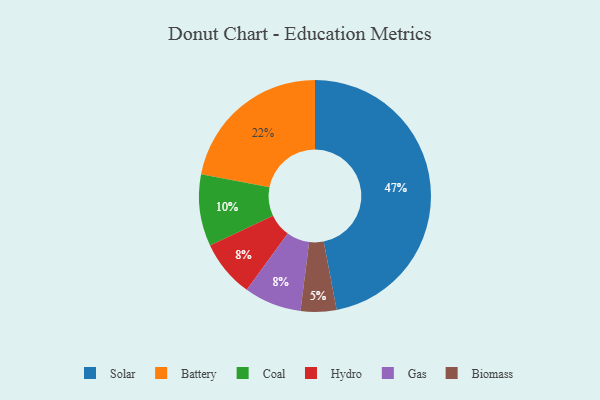
{"axis": {"x": "Category", "y": "Percentage"}, "legend": ["Battery", "Biomass", "Coal", "Gas", "Hydro", "Solar"], "data": [{"x": "Hydro", "y": 8, "type": "Hydro"}, {"x": "Solar", "y": 47, "type": "Solar"}, {"x": "Biomass", "y": 5, "type": "Biomass"}, {"x": "Battery", "y": 22, "type": "Battery"}, {"x": "Coal", "y": 10, "type": "Coal"}, {"x": "Gas", "y": 8, "type": "Gas"}]}